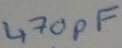
Text: 470pF